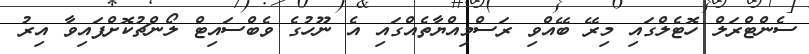
ސެންޓްރަލް ހޮޓެލްގައި މިރޭ ބޭއްވި ރަސްމިއްޔާތެއްގައި އެ ނޫހުގެ ވެބްސައިޓް ލޯންޗުކޮށްފައިވާ އިރު